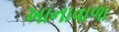
ખાનાવાળા